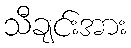
သီချင်းအား